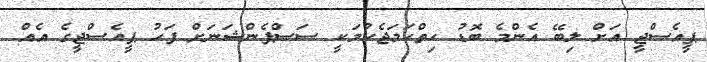
ޕީއެސްޖީ އަށް ލިބޭ އެންމެ ބޮޑު ހިތްހަމަޖެހުމަކީ ސަސްޕެންޝަނަށް ފަހު ޕީއެސްޖީގެ އެއް